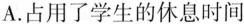
A.占用了学生的休息时间